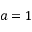
a = 1